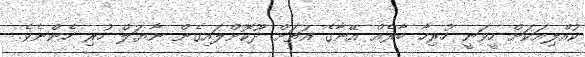
ކުއްލިއަކަށް ހީވަނީ ހުރިހާ ބާރެއް އޭނާގެ އަތަށް ދޫކޮށްލައިގެން ނާޔަލް ހުރި ހެންނެވެ.